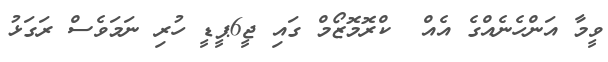
ވީމާ އަންހެނެއްގެ އެއް  ކްރޮމޮޒޯމް ގައި ޖީ6ޕީޑީ ހުރި ނަމަވެސް ރަގަޅު